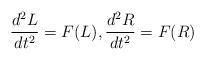
LaTeX: \begin{align*}\frac{d^{2}L}{dt^{2}}=F(L),\frac{d^{2}R}{dt^{2}}=F(R)\end{align*}